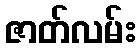
ဇာတ်လမ်း